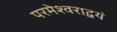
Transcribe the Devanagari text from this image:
परमेश्वराद्वयं